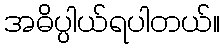
အဓိပ္ပါယ်ရပါတယ်။